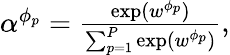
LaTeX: \begin{array}{r}{\begin{array}{r}{\alpha^{\phi_{p}}=\frac{\exp(w^{\phi_{p}})}{\sum_{p=1}^{P}\exp(w^{\phi_{p}})},}\end{array}}\end{array}